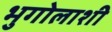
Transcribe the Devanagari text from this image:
भुगोलाशी